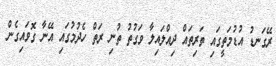
ރޭގަނޑު އުޑުމަތީގައި ތަރިތައް ދިއްލައިލާ ވަގުތު ތުނި ރަތް ހެދުމުގައި އޭނާ ގޮވައިގެން